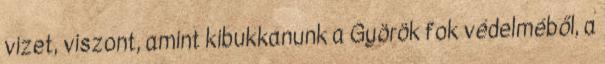
vizet, viszont, amint kibukkanunk a Györök fok védelméből, a